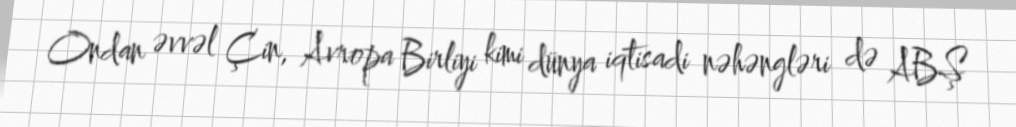
Ondan əvvəl Çin, Avropa Birliyi kimi dünya iqtisadi nəhəngləri də ABŞ